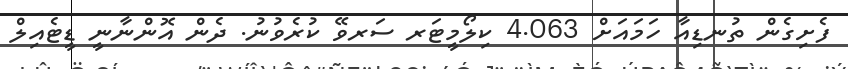
ފެށިގެން ތުނޑިއާ ހަމައަށް 4.063 ކިލޯމީޓަރ ސަރވޭ ކުރެވުނު. ދެން އޮންނާނީ ޑީޓެއިލް